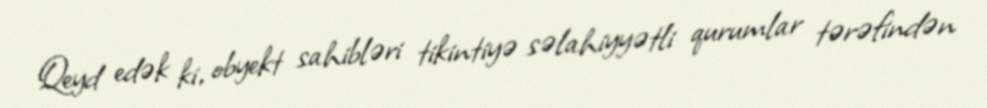
Qeyd edək ki, obyekt sahibləri tikintiyə səlahiyyətli qurumlar tərəfindən